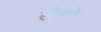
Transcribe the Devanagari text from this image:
रोगाें